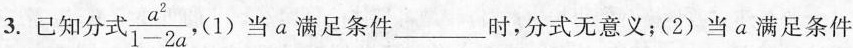
3. 已知分式 \frac{a^{2}}{1-2a}，(1)当a满足条件___时，分式无意义；(2)当a满足条件